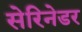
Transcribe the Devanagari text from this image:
सेरिनेडर